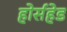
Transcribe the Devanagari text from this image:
होर्सहेड